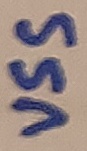
Text: VSS